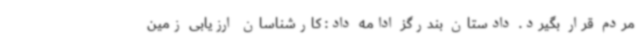
مردم قرار بگیرد. دادستان بندرگز ادامه داد: کارشناسان ارزیابی زمین